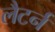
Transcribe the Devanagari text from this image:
लैटर्न